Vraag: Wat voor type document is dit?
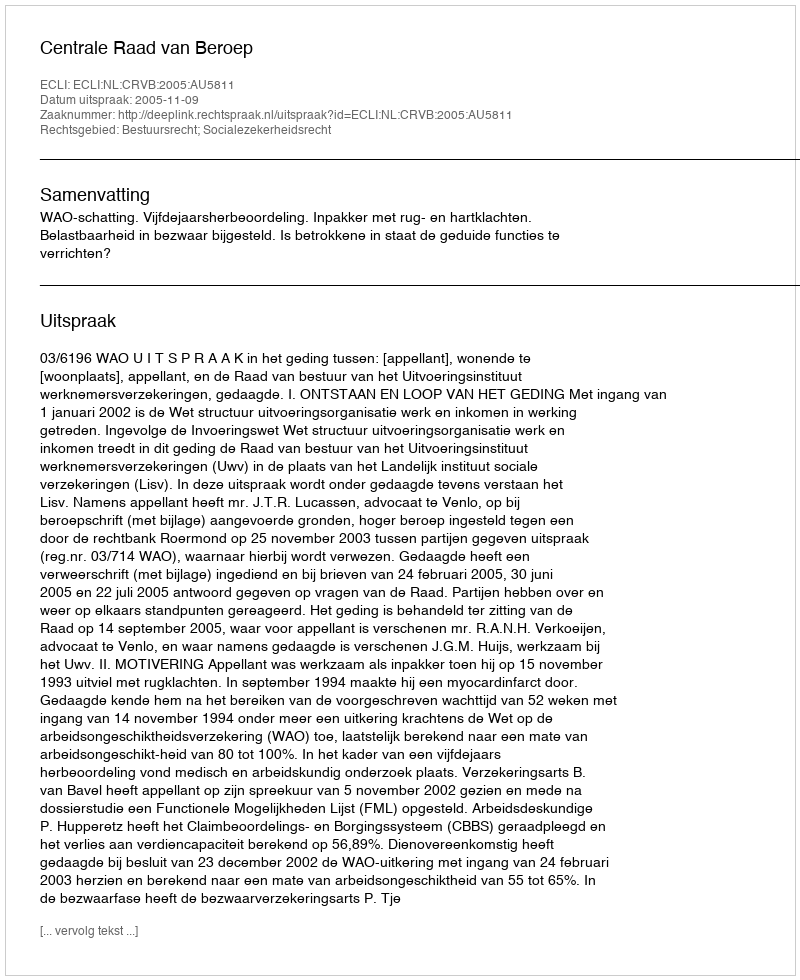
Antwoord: Uitspraak